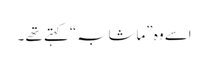
اِسے وہ ”ماشابہ“ کہتے تھے ۔